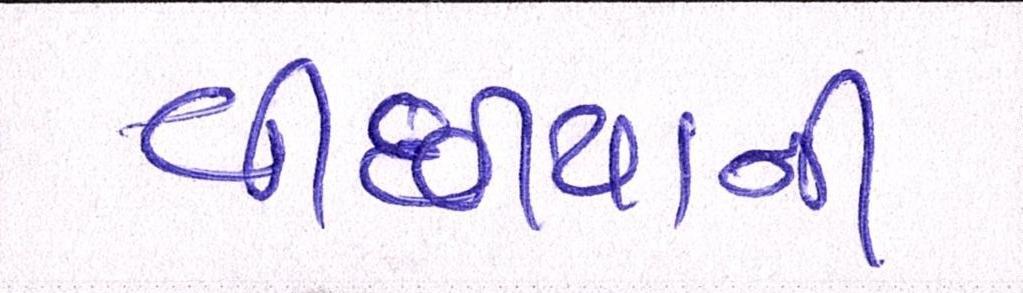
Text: વીંછિયાની